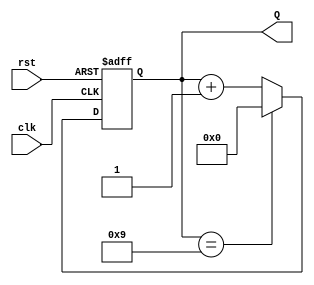
module decade_counter (
    input wire clk,      // Clock input
    input wire rst,      // Asynchronous reset input
    output reg [3:0] Q   // 4-bit counter output
);

    // Asynchronous reset and counting operation
    always @(posedge clk or posedge rst) begin
        if (rst) begin
            Q <= 4'b0000; // Reset the counter to 0
        end else begin
            if (Q == 4'b1001) begin
                Q <= 4'b0000; // Reset the counter to 0 after reaching 9
            end else begin
                Q <= Q + 1; // Increment the counter
            end
        end
    end

endmodule